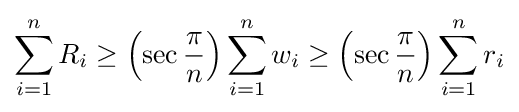
\sum _{i=1}^{n}R_{i}\geq \left(\sec {\frac {\pi }{n}}\right)\sum _{i=1}^{n}w_{i}\geq \left(\sec {\frac {\pi }{n}}\right)\sum _{i=1}^{n}r_{i}